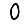
Digit: 0